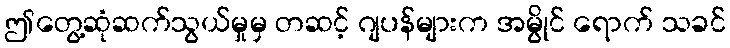
ဤတွေ့ဆုံဆက်သွယ်မှုမှ တဆင့် ဂျပန်များက အမွိုင် ရောက် သခင်